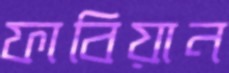
ফাবিয়ান